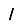
Digit: 1